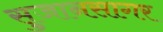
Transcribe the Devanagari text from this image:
सुजानसागर